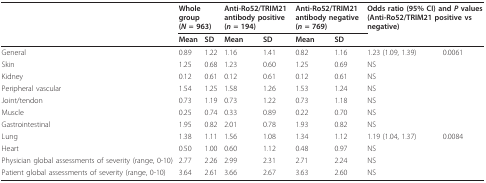
<table><thead><tr><td></td><td colspan="2"><b>Whole group(<i>N</i> = 963)</b></td><td colspan="2"><b>Anti-Ro52/TRIM21 antibody positive (<i>n </i>= 194)</b></td><td colspan="2"><b>Anti-Ro52/TRIM21 antibody negative (<i>n </i>= 769)</b></td><td colspan="2"><b>Odds ratio (95% CI) and <i>P </i>values (Anti-Ro52/TRIM21 positive vs negative)</b></td></tr><tr><td></td><td><b>Mean</b></td><td><b>SD</b></td><td><b>Mean</b></td><td><b>SD</b></td><td><b>Mean</b></td><td><b>SD</b></td><td></td><td></td></tr></thead><tbody><tr><td>General</td><td>0.89</td><td>1.22</td><td>1.16</td><td>1.41</td><td>0.82</td><td>1.16</td><td>1.23 (1.09, 1.39)</td><td>0.0061</td></tr><tr><td>Skin</td><td>1.25</td><td>0.68</td><td>1.23</td><td>0.60</td><td>1.25</td><td>0.69</td><td>NS</td><td></td></tr><tr><td>Kidney</td><td>0.12</td><td>0.61</td><td>0.12</td><td>0.61</td><td>0.12</td><td>0.61</td><td>NS</td><td></td></tr><tr><td>Peripheral vascular</td><td>1.54</td><td>1.25</td><td>1.58</td><td>1.26</td><td>1.53</td><td>1.24</td><td>NS</td><td></td></tr><tr><td>Joint/tendon</td><td>0.73</td><td>1.19</td><td>0.73</td><td>1.22</td><td>0.73</td><td>1.18</td><td>NS</td><td></td></tr><tr><td>Muscle</td><td>0.25</td><td>0.74</td><td>0.33</td><td>0.89</td><td>0.22</td><td>0.70</td><td>NS</td><td></td></tr><tr><td>Gastrointestinal</td><td>1.95</td><td>0.82</td><td>2.01</td><td>0.78</td><td>1.93</td><td>0.82</td><td>NS</td><td></td></tr><tr><td>Lung</td><td>1.38</td><td>1.11</td><td>1.56</td><td>1.08</td><td>1.34</td><td>1.12</td><td>1.19 (1.04, 1.37)</td><td>0.0084</td></tr><tr><td>Heart</td><td>0.50</td><td>1.00</td><td>0.60</td><td>1.12</td><td>0.48</td><td>0.97</td><td>NS</td><td></td></tr><tr><td>Physician global assessments of severity (range, 0-10)</td><td>2.77</td><td>2.26</td><td>2.99</td><td>2.31</td><td>2.71</td><td>2.24</td><td>NS</td><td></td></tr><tr><td>Patient global assessments of severity (range, 0-10)</td><td>3.64</td><td>2.61</td><td>3.66</td><td>2.67</td><td>3.63</td><td>2.60</td><td>NS</td><td></td></tr></tbody></table>